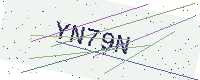
Text: YN79N